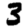
Digit: 3